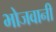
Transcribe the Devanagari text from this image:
भोजवानी